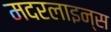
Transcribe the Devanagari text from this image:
मदरलाइन्स